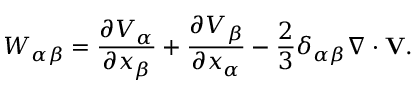
W _ { \alpha \beta } = \frac { \partial V _ { \alpha } } { \partial x _ { \beta } } + \frac { \partial V _ { \beta } } { \partial x _ { \alpha } } - \frac { 2 } { 3 } \delta _ { \alpha \beta } \nabla \cdot \mathbf { V } .